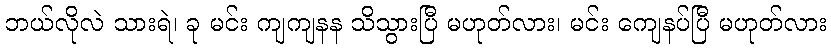
ဘယ်လိုလဲ သားရဲ၊ ခု မင်း ကျကျနန သိသွားပြီ မဟုတ်လား၊ မင်း ကျေနပ်ပြီ မဟုတ်လား